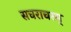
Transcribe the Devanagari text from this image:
सचराचरम्